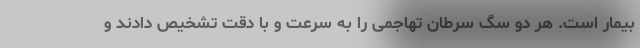
بیمار است. هر دو سگ سرطان تهاجمی را به سرعت و با دقت تشخیص دادند و